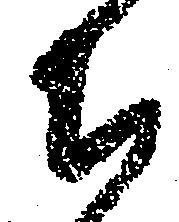
ち